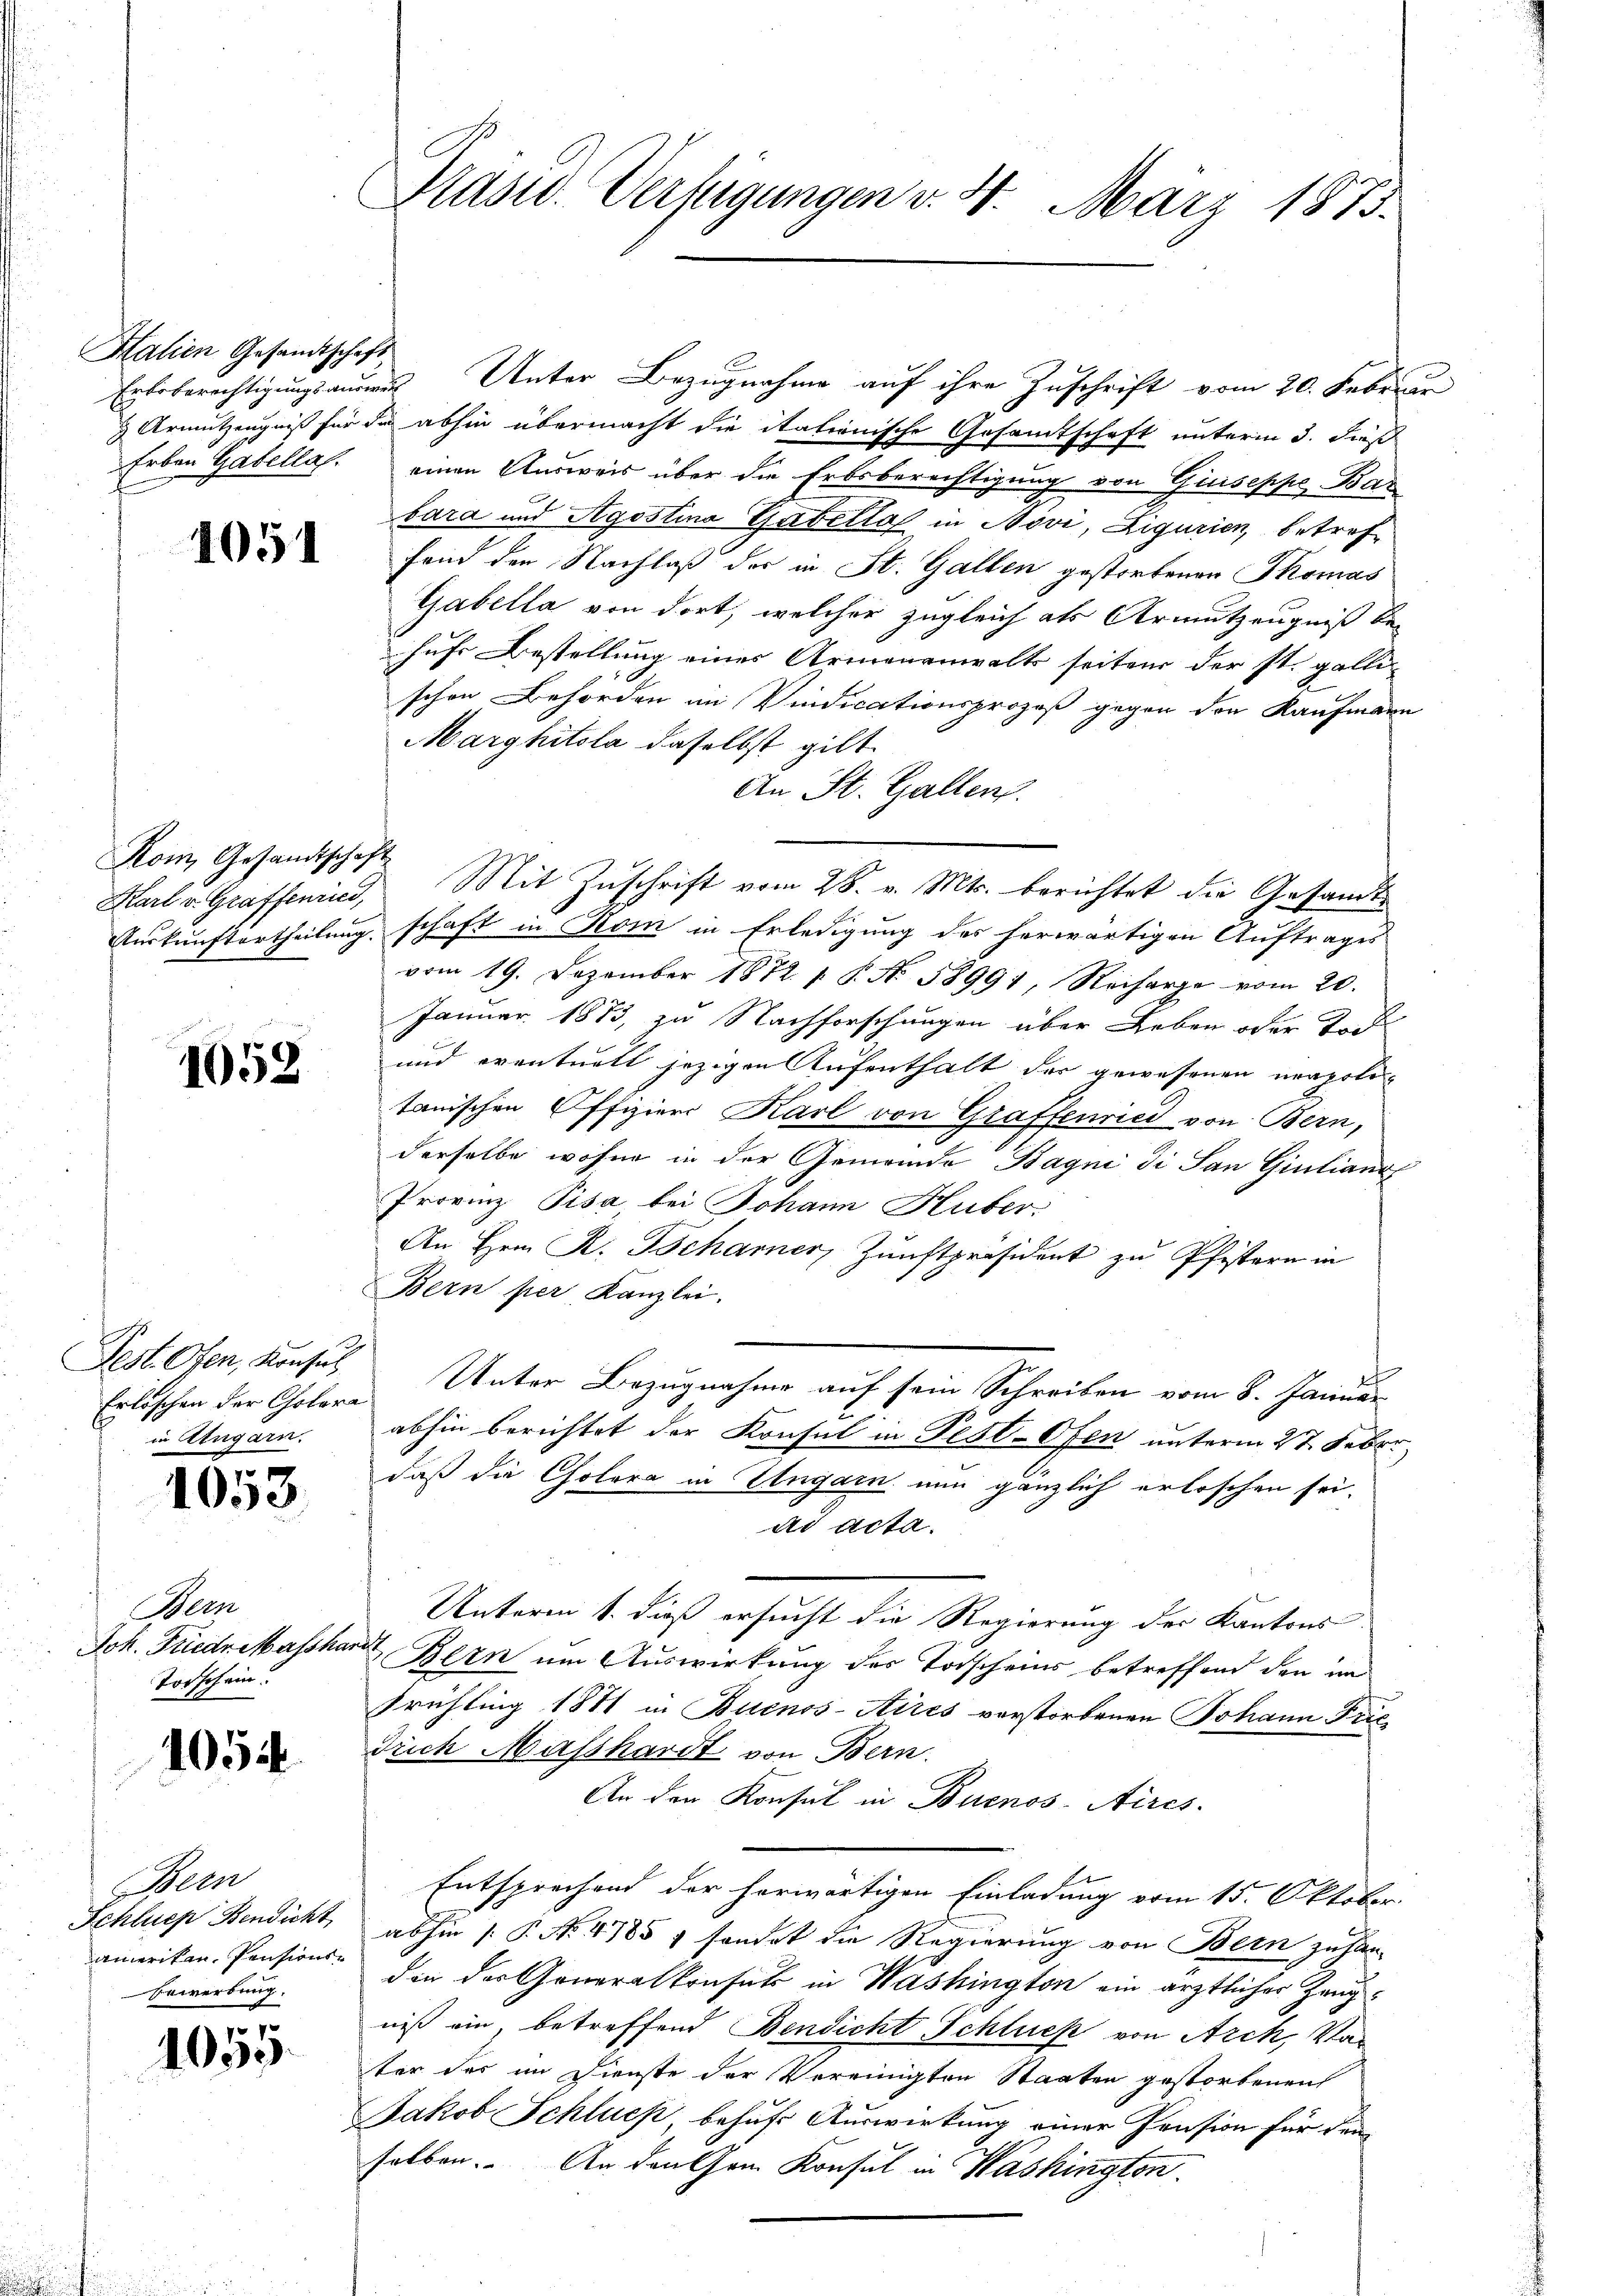
Halien Gesandtschaft
Erben Gabella.

1051

Rom, Gesandtschäft

1052

Fest. Ofen, Konsul
Erlöschen der Cholera
in Angarn.

1053.

Dein
Joh. Friedr Masshar
Torschein.

1054

Bern
Schlues Bendicht
amerikan, Pensions¬
Bewerbung.

e
100.

Kasw. Verfügungen v. 4. März 1873.

Erbberechtigungsannes Unter Bezugnahme auf ihre Zuschrift vom 20. Februar
& Armutzeugniß für die abhin übermacht die itationische Gesamtschaft unterm 3. dieß
einen Ausweis über die Erbsberechtigung von Giuseppe Bas
bara und Agostina Gabella in Novi, Ligurien, betreffand den Nachlaß der in St. Gallen gestorbenen Thomas
Gabella von dort, welcher zugleich als Armutzeugniß bei
hufs Bestellung eines Armenanwalts seiten der st. galli
schen Behörden im Vindicationsprozeß gegen den Kaufmann
Marghitola daselbst gilt.
An St. Gallen.
Karl v. Grafsenind, Mit Zuschrift vom 28. v. Mts. berichtet die Gesandt¬
Auskunftertheilung schaft in Rom in Erledigung des herwärtigen Auftrages
vom 19. Dezember 1872. 1. P. Nr. 58991, Recharge vom 20.
Januar 1873, zu Nachforschungen über Leben oder Tod
und eventuell jezigen Aufenthalt der gewesenen neapolotanischen Offiziers Karl von Graffenried von Bern,
derselbe wohne in der Gemeinde Bagni di San Giulianz
Provinz Pisa bei Johann Huber.
An Hrn. R. Tscharner Zunftpräsident zu Pfistern in
Bern per Kanzlei.
Unter Bezugnahme auf sein Schreiben vom 8. Januar
abhin berichtet der Konsul in Fest-Ofen unterm 27. Febr.
daß die Cholera in Ungarn nun gänzlich erloschen sei.
ad acta.
Unterm 1. daß ersucht die Regierung des Kantons
u Bern um Auswirkung des Todscheins betreffend den im
Frühling 1871 in Buenos-Aires verstorbenen Johann Fric
Trich Masshardt von Bern.
An den Konsul in Buenos-Aires.
Entsprechend der herwärtigen Einladung vom 15. Oktober.
abhin [P. No. 4785, sondet die Regierung von Bern zu han-
den der Generalkonsul in Washington ein ärztlicher Zeugniß ein, betreffend Bendicht Schlues von Arch, Van
ter des im Dienste der Vereinigten Staaten gestorbenen
Jakob Schlues, behufs Auswirkung einer Pension für den
selben. An den Gem. Konsul in Washington.